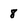
Character: 8